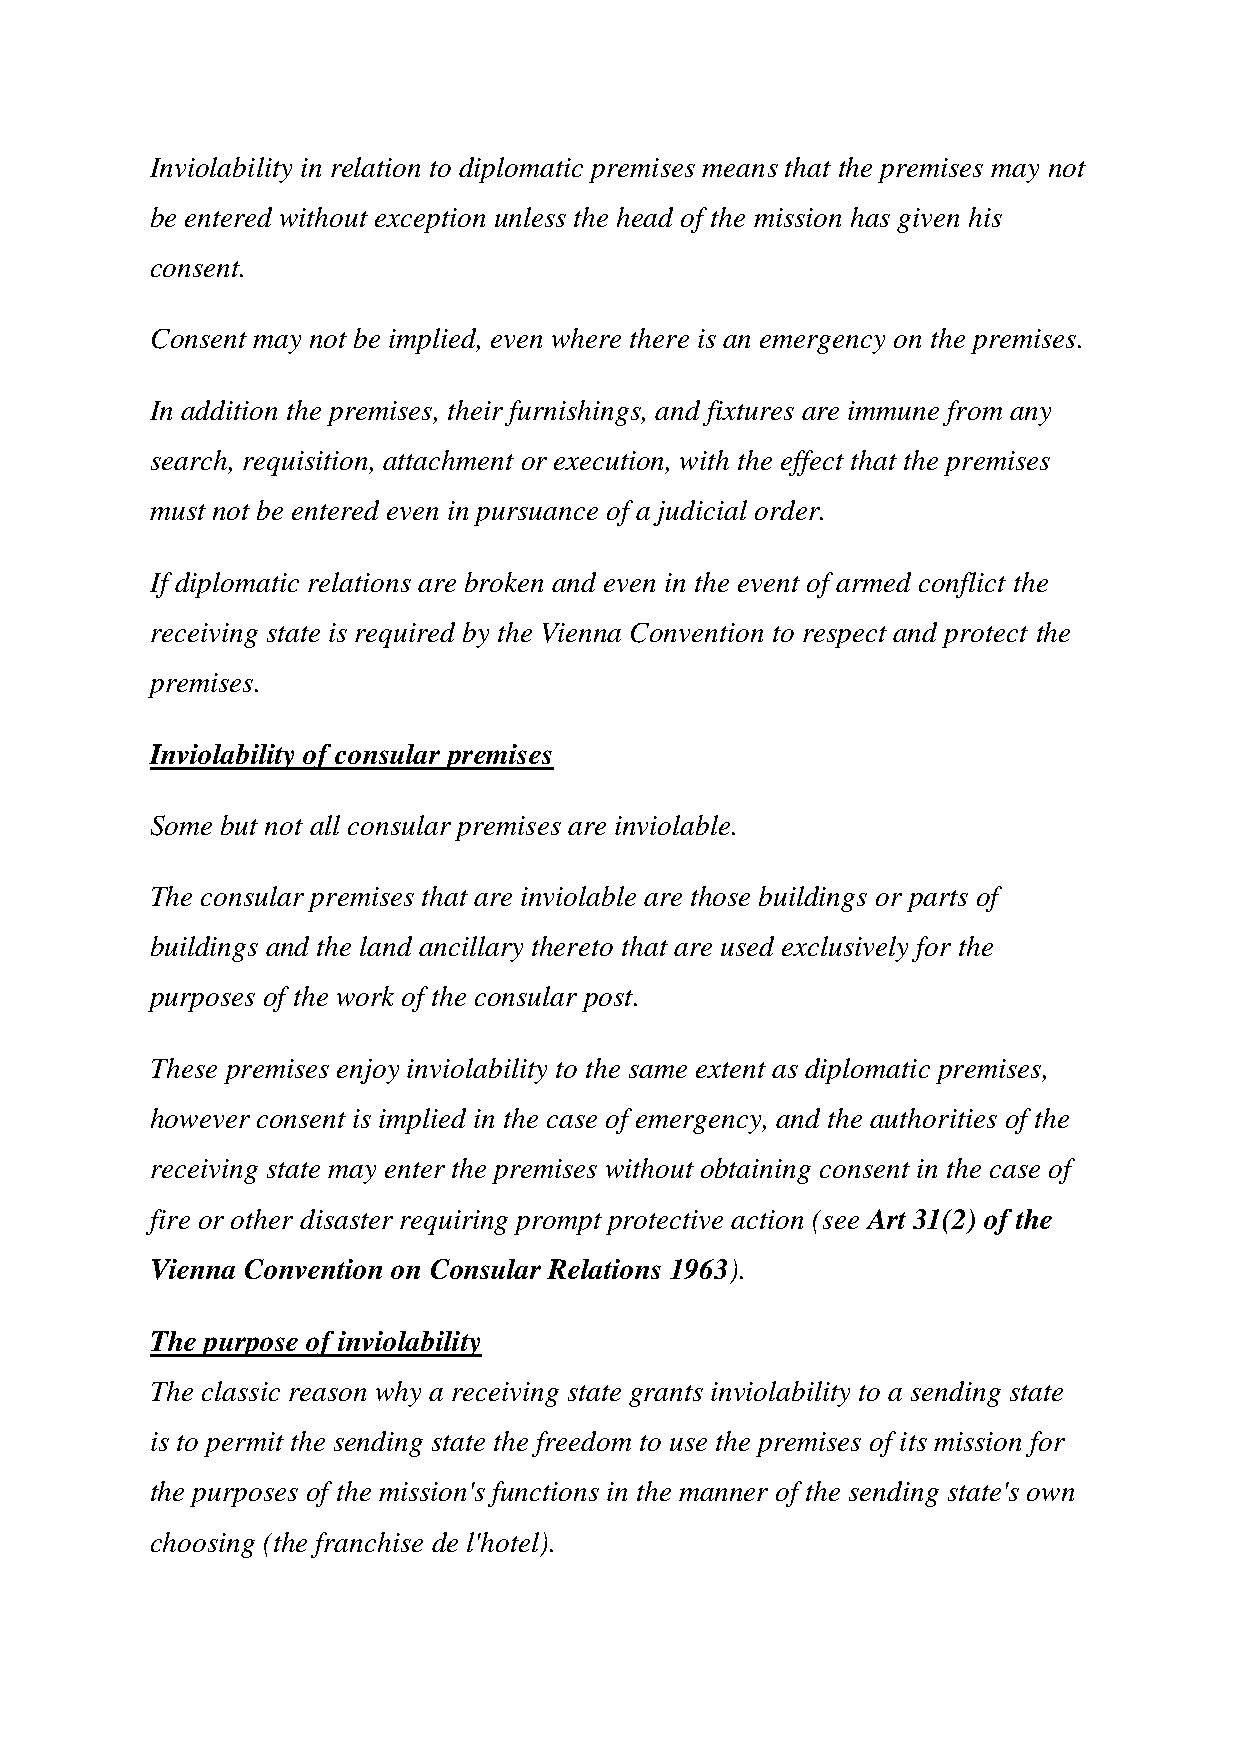
Inviolability in relation to diplomatic premises means that the premises may not
 be entered without exception unless the head of the mission has given his
 consent.
 Consent may not be implied, even where there is an emergency on the premises.
 In addition the premises, their furnishings, and fixtures are immune from any
 search, requisition, attachment or execution, with the effect that the premises
 must not be entered even in pursuance of a judicial order.
 If diplomatic relations are broken and even in the event of armed conflict the
 receiving state is required by the Vienna Convention to respect and protect the
 premises.
 Inviolability of consular premises
 Some but not all consular premises are inviolable.
 The consular premises that are inviolable are those buildings or parts of
 buildings and the land ancillary thereto that are used exclusively for the
 purposes of the work of the consular post.
 These premises enjoy inviolability to the same extent as diplomatic premises,
 however consent is implied in the case of emergency, and the authorities of the
 receiving state may enter the premises without obtaining consent in the case of
 fire or other disaster requiring prompt protective action (see Art 31(2) of the
 Vienna Convention on Consular Relations 1963).
 The purpose of inviolability
 The classic reason why a receiving state grants inviolability to a sending state
 is to permit the sending state the freedom to use the premises of its mission for
 the purposes of the mission's functions in the manner of the sending state's own
 choosing (the franchise de l'hotel).